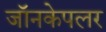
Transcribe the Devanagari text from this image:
जॉनकेपलर